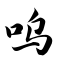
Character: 呜